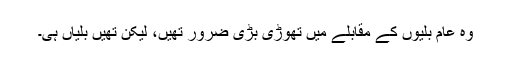
وہ عام بلّیوں کے مقابلے میں تھوڑی بڑی ضرور تھیں، لیکن تھیں بلّیاں ہی۔